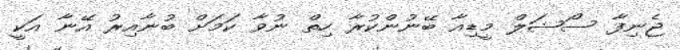
ޖެނިފާ ސޯޝަލް މީޑިއާ ބޭނުންކުރާ ހިތް ނުވާ ކަމަށް ބުނާއިރު އޭނާ އަކީ